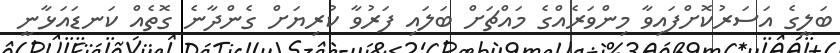
ބަލީގެ އަސަރުކޮށްފައިވާ މިންވަރެއްގެ މައްޗަށް ބަލައި ފަރުވާ ކުރިޔަށް ގެންދާނެ ގޮތެއް ކަނޑައަޅާނީ